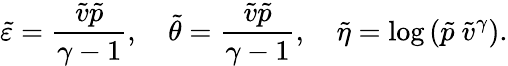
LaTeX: \tilde{\varepsilon}=\frac{\tilde{v}\tilde{p}}{\gamma-1},\quad\tilde{\theta}=\frac{\tilde{v}\tilde{p}}{\gamma-1},\quad\tilde{\eta}=\mathrm{log}\left(\tilde{p}\ \tilde{v}^{\gamma}\right).